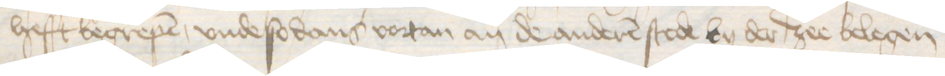
hefft begrepen, vnde so dans vortan an de anderen stede by der zee belegen